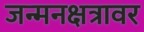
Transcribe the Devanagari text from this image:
जन्मनक्षत्रावर